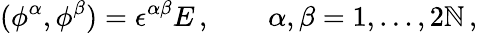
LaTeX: (\phi^{\alpha},\phi^{\beta})=\epsilon^{\alpha\beta}E\, ,\qquad\alpha,\beta=1,\dots,2\mathbb{N}\, ,